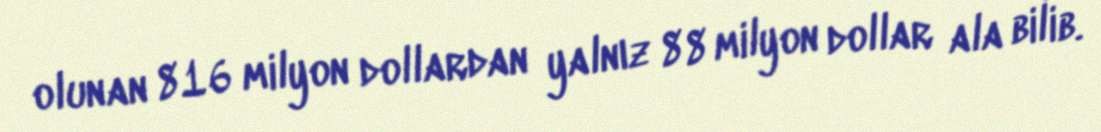
olunan 816 milyon dollardan yalnız 88 milyon dollar ala bilib.